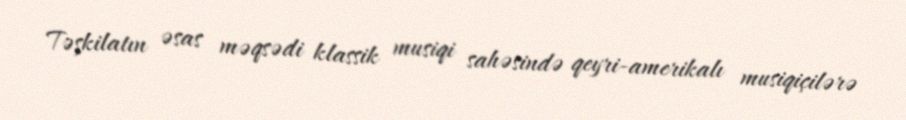
Təşkilatın əsas məqsədi klassik musiqi sahəsində qeyri-amerikalı musiqiçilərə